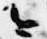
今